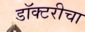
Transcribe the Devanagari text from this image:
डॉक्टरीचा